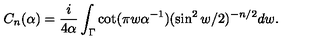
C _ { n } ( \alpha ) = { \frac { i } { 4 \alpha } } \int _ { \Gamma } \cot ( \pi w \alpha ^ { - 1 } ) ( \sin ^ { 2 } w / 2 ) ^ { - n / 2 } d w .